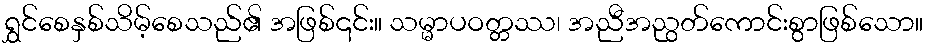
ရွှင်စေနှစ်သိမ့်စေသည်၏ အဖြစ်၎င်း။ သမ္မာပဝတ္တဿ၊ အညီအညွတ်ကောင်းစွာဖြစ်သော။